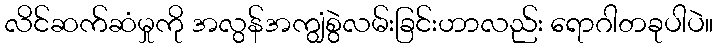
လိင်ဆက်ဆံမှုကို အလွန်အကျွံစွဲလမ်းခြင်းဟာလည်း ရောဂါတခုပါပဲ။